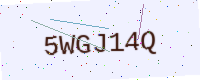
Text: 5WGJ14Q